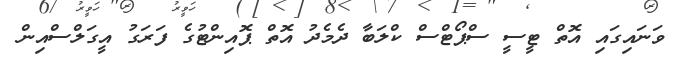
ވަނައިގައި އޮތް ޓީސީ ސްޕޯޓްސް ކްލަބާ ދެމެދު އޮތް ޕޮއިންޓުގެ ފަރަގު އީގަލްސްއިން